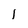
Character: 1